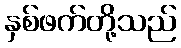
နှစ်ဖက်တို့သည်